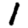
Digit: 1